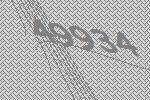
49934